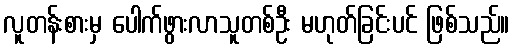
လူတန်းစားမှ ပေါက်ဖွားလာသူတစ်ဦး မဟုတ်ခြင်းပင် ဖြစ်သည်။